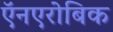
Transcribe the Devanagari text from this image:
ऍनएरोबिक